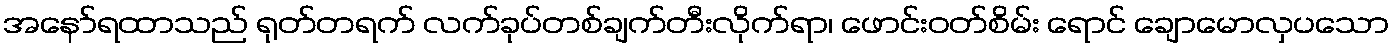
အနော်ရထာသည် ရုတ်တရက် လက်ခုပ်တစ်ချက်တီးလိုက်ရာ၊ ဖောင်းဝတ်စိမ်း ရောင် ချောမောလှပသော